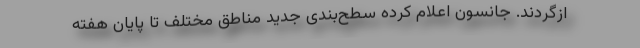
ازگردند. جانسون اعلام کرده سطح‌بندی جدید مناطق مختلف تا پایان هفته